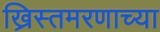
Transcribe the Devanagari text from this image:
ख्रिस्तमरणाच्या